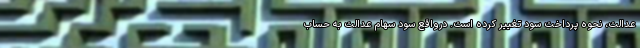
عدالت، نحوه پرداخت سود تغییر کرده است. درواقع سود سهام عدالت به حساب